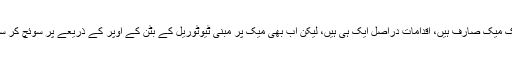
اگر آپ ایک میک صارف ہیں، اقدامات دراصل ایک ہی ہیں، لیکن اب بھی میک پر مبنی ٹیوٹوریل کے بٹن کے اوپر کے ذریعے پر سوئچ کر سکتے ہیں ۔